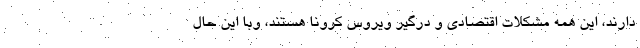
دارند، این همه مشکلات اقتصادی و درگیر ویروس کرونا هستند، وبا این حال